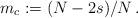
LaTeX: \begin{align*}m_c:=(N-2s)/N\,.\end{align*}